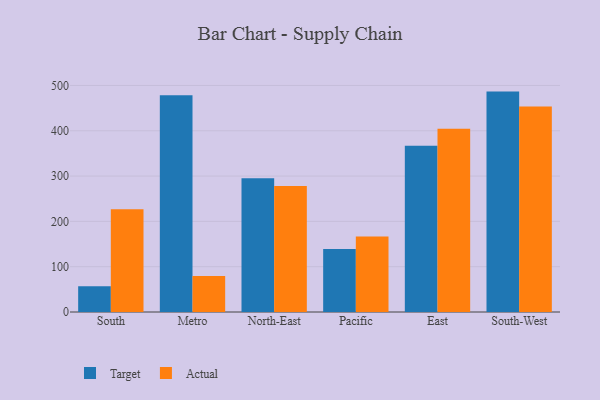
{"axis": {"x": "Region", "y": "Satisfaction Score"}, "legend": ["Actual", "Target"], "data": [{"x": "South", "y": 56.7, "type": "Target"}, {"x": "South", "y": 226.7, "type": "Actual"}, {"x": "Metro", "y": 478.3, "type": "Target"}, {"x": "Metro", "y": 79.6, "type": "Actual"}, {"x": "North-East", "y": 295.0, "type": "Target"}, {"x": "North-East", "y": 278.4, "type": "Actual"}, {"x": "Pacific", "y": 139.3, "type": "Target"}, {"x": "Pacific", "y": 166.6, "type": "Actual"}, {"x": "East", "y": 366.8, "type": "Target"}, {"x": "East", "y": 404.3, "type": "Actual"}, {"x": "South-West", "y": 486.5, "type": "Target"}, {"x": "South-West", "y": 453.5, "type": "Actual"}]}